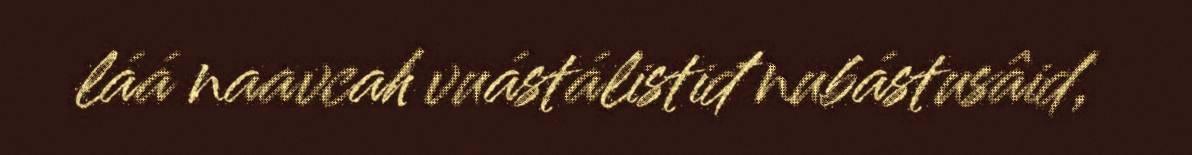
láá naavcah vuástálistiđ nubástusâid,